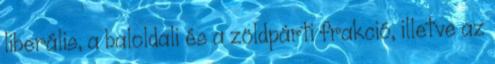
liberális, a baloldali és a zöldpárti frakció, illetve az